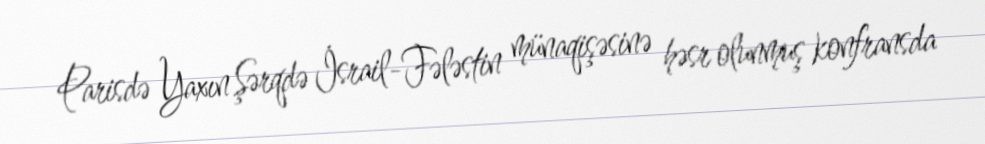
Parisdə Yaxın Şərqdə İsrail-Fələstin münaqişəsinə həsr olunmuş konfransda